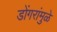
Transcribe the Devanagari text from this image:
डोंगरांमुळे